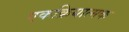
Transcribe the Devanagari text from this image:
एकक्रियात्मक